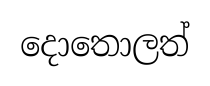
දොතොලත්